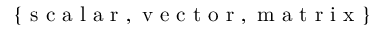
\{ \mathrm { ~ s ~ c ~ a ~ l ~ a ~ r ~ } , \mathrm { ~ v ~ e ~ c ~ t ~ o ~ r ~ } , \mathrm { ~ m ~ a ~ t ~ r ~ i ~ x ~ } \}